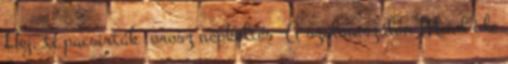
Hej, ti pacsirták orosz népköltés A szalmaszálon Mind ide